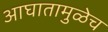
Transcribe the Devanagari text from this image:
आघातामुळेच